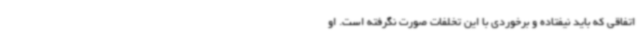
اتفاقی که باید نیفتاده و برخوردی با این تخلفات صورت نگرفته است. او